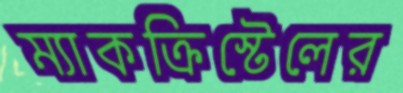
ম্যাকক্রিস্টেলের